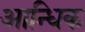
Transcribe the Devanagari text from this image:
आन्धिक